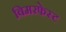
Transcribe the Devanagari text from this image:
बिमरफेस्ट